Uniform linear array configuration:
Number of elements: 12
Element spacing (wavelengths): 1
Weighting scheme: hann
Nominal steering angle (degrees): -60
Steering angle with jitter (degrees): -58.498
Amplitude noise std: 0.05
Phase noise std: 0.05

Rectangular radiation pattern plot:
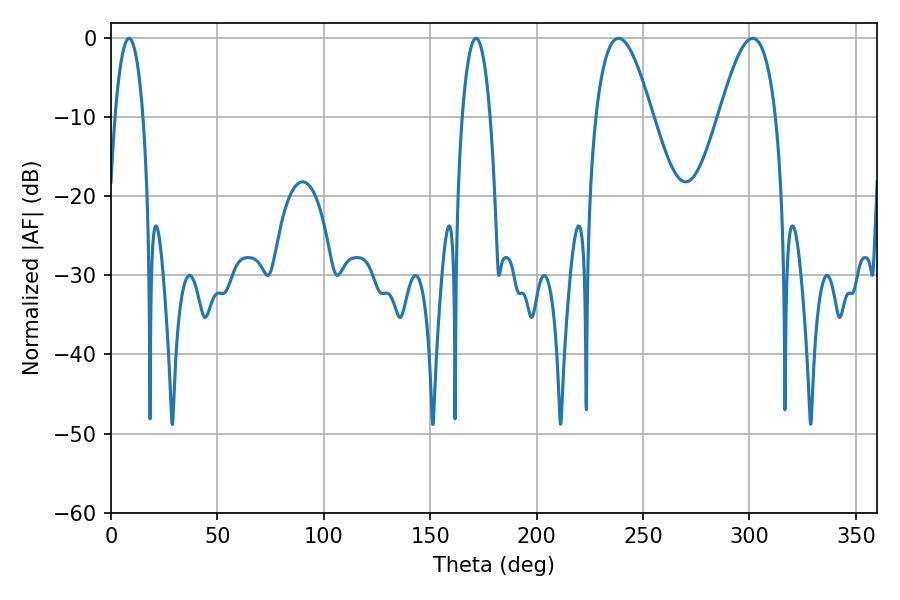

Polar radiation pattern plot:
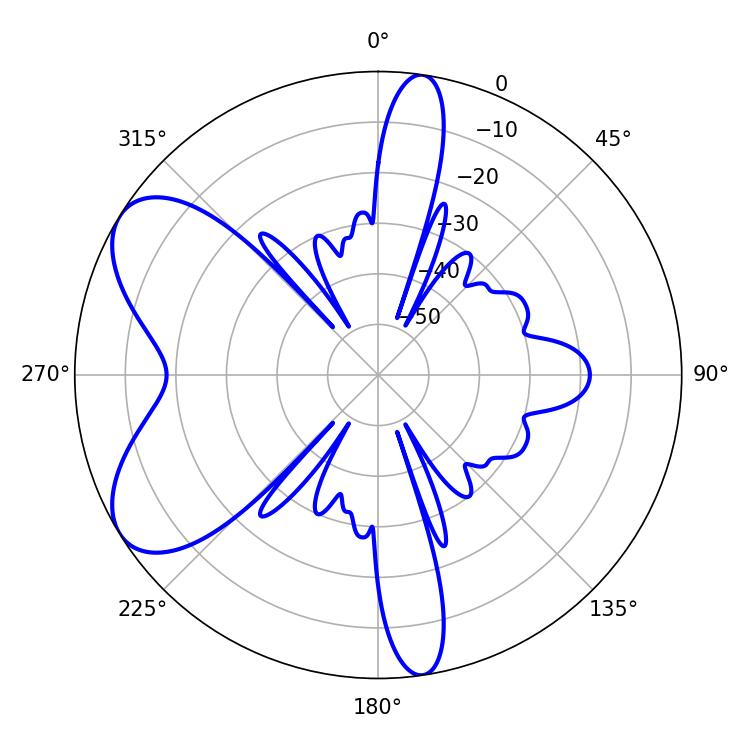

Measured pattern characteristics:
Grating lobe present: TRUE
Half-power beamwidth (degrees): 14.58
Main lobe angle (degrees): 238.5